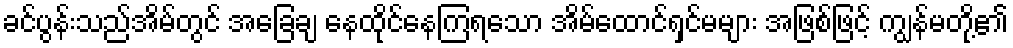
ခင်ပွန်းသည်အိမ်တွင် အခြေချ နေထိုင်နေကြရသော အိမ်ထောင်ရှင်မများ အဖြစ်ဖြင့် ကျွန်မတို့၏